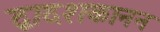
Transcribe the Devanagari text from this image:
द्वादशकानन